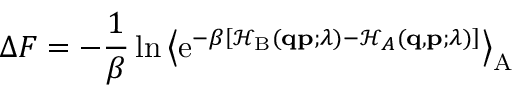
\Delta F = - \frac { 1 } { \beta } \ln \left\langle \mathrm { e } ^ { - \beta \left[ \mathcal { H } _ { \mathrm { B } } ( \mathbf { q } \mathbf { p } ; \lambda ) - \mathcal { H } _ { A } ( \mathbf { q } , \mathbf { p } ; \lambda ) \right] } \right\rangle _ { \mathrm { A } }